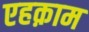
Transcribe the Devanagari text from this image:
एहक़ाम